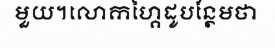
មួយ។លោកហ្គៃដូបន្ថែមថា